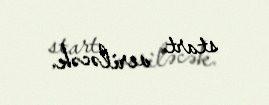
start veriləcək.